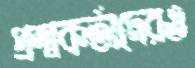
প্রশ্নকর্তাদেরও